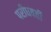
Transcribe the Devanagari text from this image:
परीधवर्ती